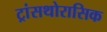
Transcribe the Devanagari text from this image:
ट्रांसथोरासिक